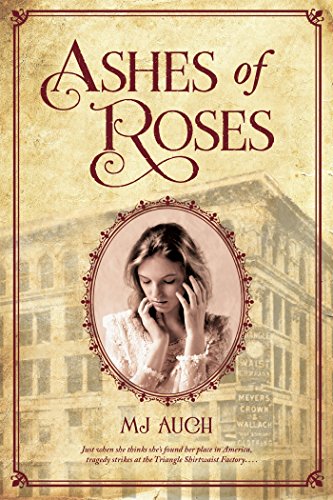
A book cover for Ashes of Roses; MJ Auch; Teen & Young Adult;